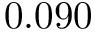
0 . 0 9 0